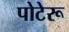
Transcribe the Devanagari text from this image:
पोटेरू